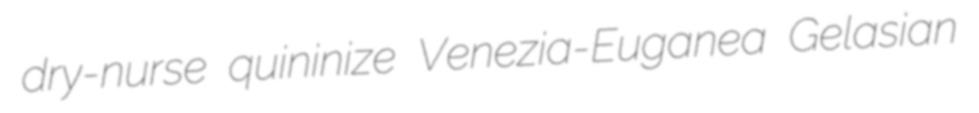
dry-nurse quininize Venezia-Euganea Gelasian